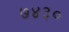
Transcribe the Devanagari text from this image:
७४३०